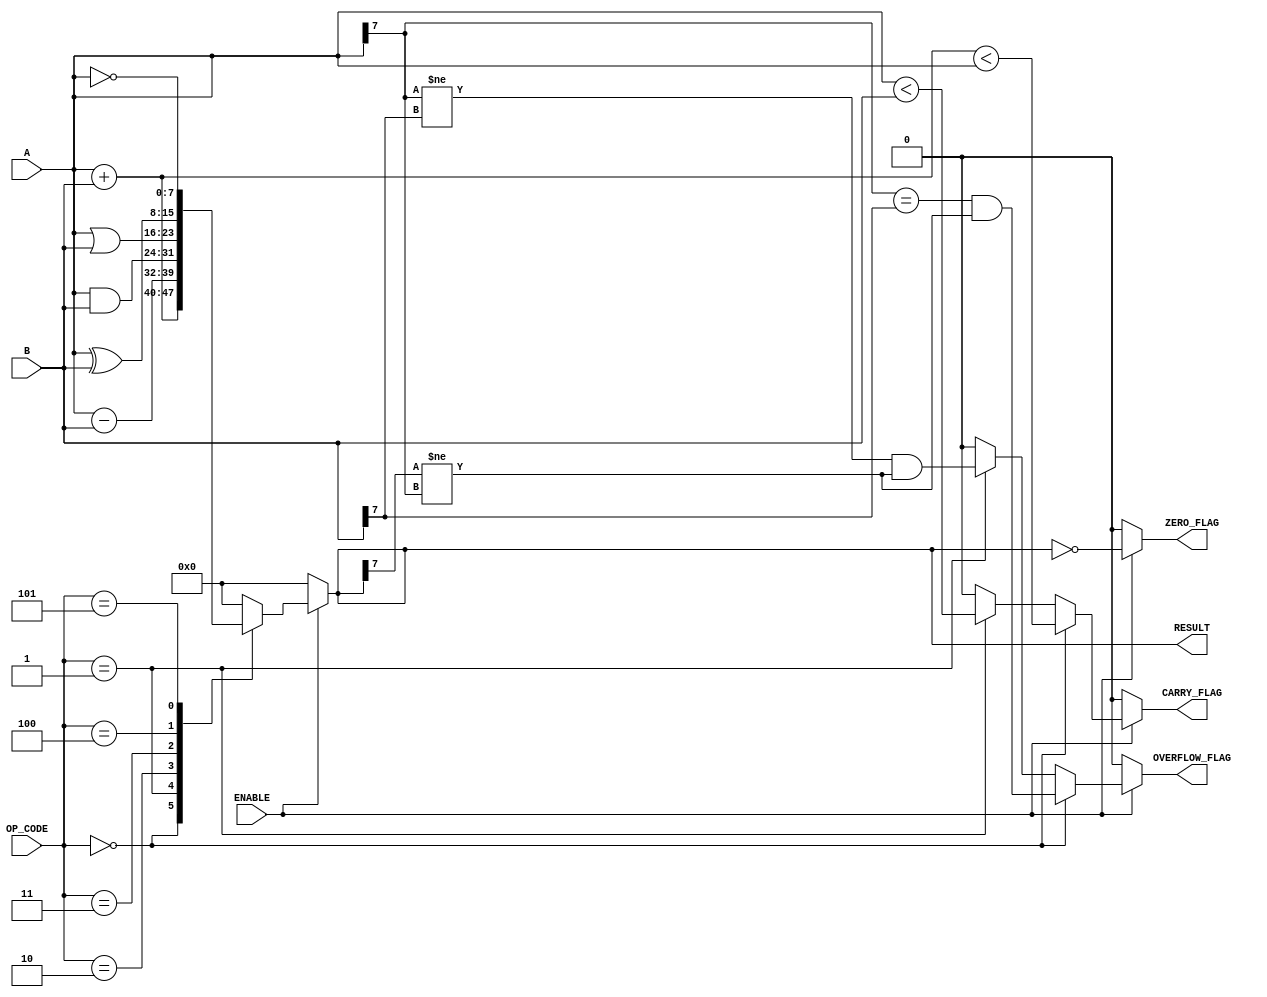
module ParameterizedALU #(
    parameter DATA_WIDTH = 8,       // Data width (e.g., 8, 16, 32)
    parameter OPERATION_MODE = 4     // Number of operations supported (adjust as needed)
)(
    input  wire [DATA_WIDTH-1:0] A,  // Input operand A
    input  wire [DATA_WIDTH-1:0] B,  // Input operand B
    input  wire [OPERATION_MODE-1:0] OP_CODE, // Operation code
    input  wire ENABLE,               // Enable signal
    output reg [DATA_WIDTH-1:0] RESULT, // ALU result
    output reg ZERO_FLAG,            // Zero flag
    output reg CARRY_FLAG,           // Carry flag
    output reg OVERFLOW_FLAG          // Overflow flag
);

    // Internal signals
    wire [DATA_WIDTH-1:0] sum;
    wire [DATA_WIDTH-1:0] diff;
    wire [DATA_WIDTH-1:0] and_result;
    wire [DATA_WIDTH-1:0] or_result;
    wire [DATA_WIDTH-1:0] xor_result;
    wire [DATA_WIDTH-1:0] not_result;

    // Arithmetic operations
    assign sum = A + B;
    assign diff = A - B;
    assign and_result = A & B;
    assign or_result = A | B;
    assign xor_result = A ^ B;
    assign not_result = ~A;

    // ALU operation selection based on OP_CODE
    always @(*) begin
        if (ENABLE) begin
            case (OP_CODE)
                4'b0000: RESULT = sum;        // Addition
                4'b0001: RESULT = diff;       // Subtraction
                4'b0010: RESULT = and_result;  // AND
                4'b0011: RESULT = or_result;   // OR
                4'b0100: RESULT = xor_result;  // XOR
                4'b0101: RESULT = not_result;  // NOT
                default: RESULT = 0;           // Default case
            endcase
        end else begin
            RESULT = 0; // Default output when not enabled
        end
    end

    // Flags logic
    always @(*) begin
        if (ENABLE) begin
            ZERO_FLAG = (RESULT == 0);
            CARRY_FLAG = (OP_CODE == 4'b0000) ? (sum < A) :  // Carry for addition
                         (OP_CODE == 4'b0001) ? (A < B) :  // Borrow for subtraction
                         0;
            OVERFLOW_FLAG = (OP_CODE == 4'b0000) ? (A[DATA_WIDTH-1] == B[DATA_WIDTH-1] && RESULT[DATA_WIDTH-1] != A[DATA_WIDTH-1]) : // Overflow for addition
                            (OP_CODE == 4'b0001) ? (A[DATA_WIDTH-1] != B[DATA_WIDTH-1] && RESULT[DATA_WIDTH-1] != A[DATA_WIDTH-1]) : // Overflow for subtraction
                            0;
        end else begin
            ZERO_FLAG = 0;
            CARRY_FLAG = 0;
            OVERFLOW_FLAG = 0;
        end
    end

endmodule